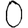
Digit: 0